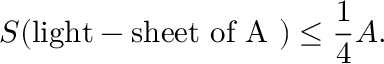
S ( \mathrm { l i g h t - s h e e t ~ o f ~ A ~ } ) \leq \frac { 1 } { 4 } A .